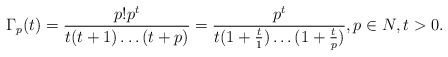
\begin{align*}\Gamma_p(t)=\frac{p!p^t}{t(t+1) \dots (t+p)}=\frac{p^t}{t(1+\frac{t}{1}) \dots (1+\frac{t}{p})}, p\in N,t>0.\end{align*}